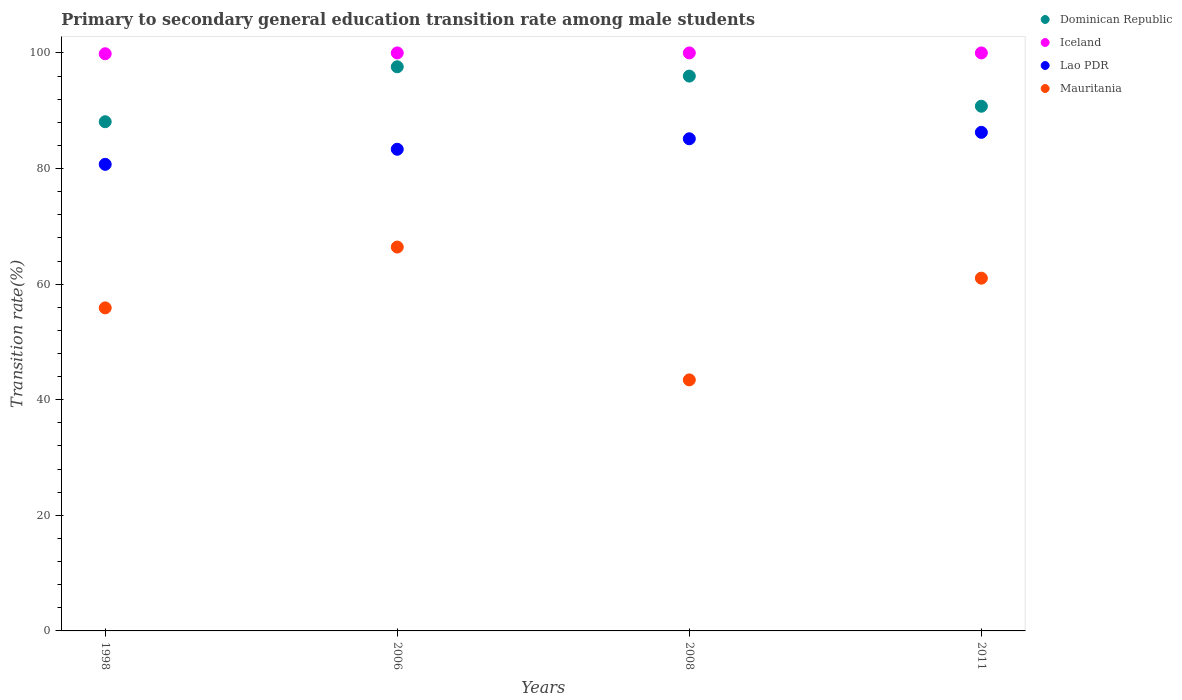
| Years | Dominican Republic | Iceland | Lao PDR | Mauritania |
 | --- | --- | --- | --- | --- |
 | 1998 | 88.1 | 99.9 | 80.7 | 55.9 |
 | 2006 | 97.6 | 100 | 83.3 | 66.4 |
 | 2008 | 96 | 100 | 85.1 | 43.4 |
 | 2011 | 90.8 | 100 | 86.3 | 61 |